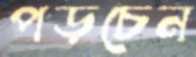
পড়চেন